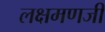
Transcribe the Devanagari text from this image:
लक्षमणजी